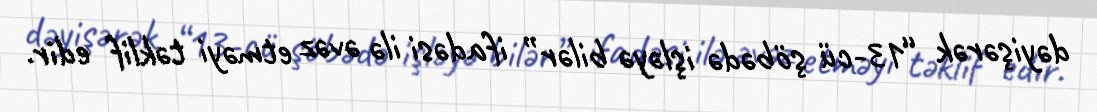
dəyişərək “13-cü şöbədə işləyə bilər” ifadəsi ilə əvəz etməyi təklif edir.